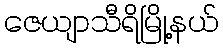
ဇေယျာသီရိမြို့နယ်